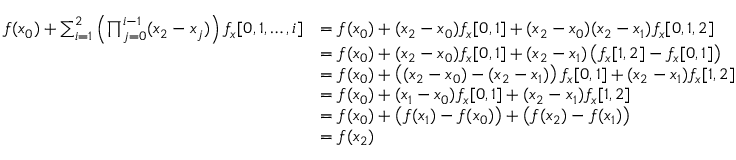
\begin{array} { r l } { f ( x _ { 0 } ) + \sum _ { i = 1 } ^ { 2 } \left( \prod _ { j = 0 } ^ { i - 1 } ( x _ { 2 } - x _ { j } ) \right) f _ { x } [ 0 , 1 , \dots , i ] } & { = f ( x _ { 0 } ) + ( x _ { 2 } - x _ { 0 } ) f _ { x } [ 0 , 1 ] + ( x _ { 2 } - x _ { 0 } ) ( x _ { 2 } - x _ { 1 } ) f _ { x } [ 0 , 1 , 2 ] } \\ & { = f ( x _ { 0 } ) + ( x _ { 2 } - x _ { 0 } ) f _ { x } [ 0 , 1 ] + ( x _ { 2 } - x _ { 1 } ) \left( f _ { x } [ 1 , 2 ] - f _ { x } [ 0 , 1 ] \right) } \\ & { = f ( x _ { 0 } ) + \left( ( x _ { 2 } - x _ { 0 } ) - ( x _ { 2 } - x _ { 1 } ) \right) f _ { x } [ 0 , 1 ] + ( x _ { 2 } - x _ { 1 } ) f _ { x } [ 1 , 2 ] } \\ & { = f ( x _ { 0 } ) + ( x _ { 1 } - x _ { 0 } ) f _ { x } [ 0 , 1 ] + ( x _ { 2 } - x _ { 1 } ) f _ { x } [ 1 , 2 ] } \\ & { = f ( x _ { 0 } ) + \left( f ( x _ { 1 } ) - f ( x _ { 0 } ) \right) + \left( f ( x _ { 2 } ) - f ( x _ { 1 } ) \right) } \\ & { = f ( x _ { 2 } ) } \end{array}